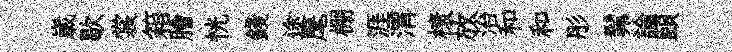
𡻕歇裳箱膾恍錢途麾棚涯渭榱放治和和彤髴論頤